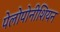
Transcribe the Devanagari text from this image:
पेलोपोनीशियन